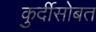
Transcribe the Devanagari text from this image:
कुर्दीसोबत